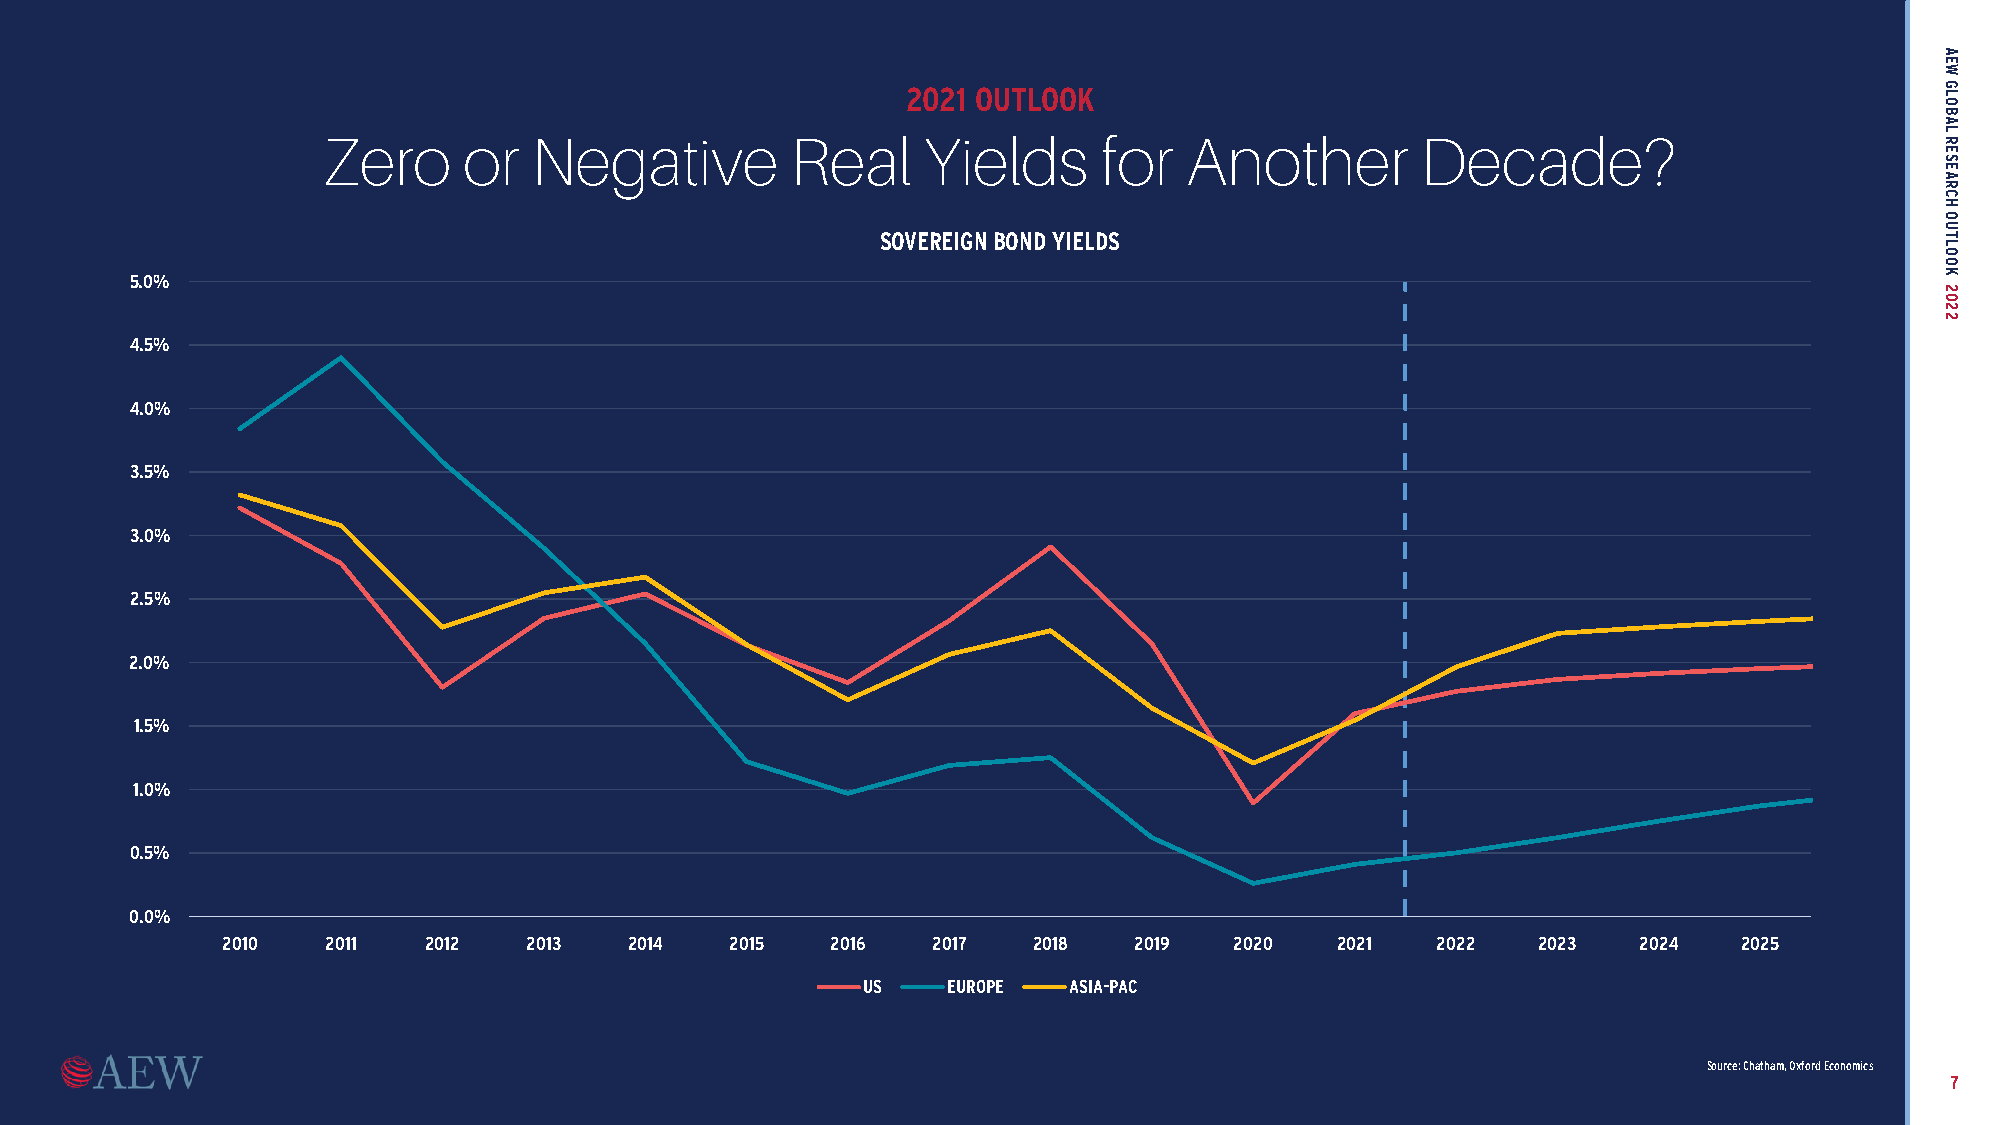
2021 OUTLOOK
 Zero      or  Negative         Real     Yields      for  Another         Decade?
 SOVEREIGN BOND YIELDS
 5.0%
 4.5%
 4.0%
 3.5%
 3.0%
 2.5%
 2.0%
 1.5%
 1.0%
 0.5%
 0.0%
 2010   2011  2012   2013   2014  2015   2016   2017  2018   2019   2020  2021   2022   2023  2024   2025
 US    EUROPE  ASIA-PAC
 Source: Chatham, Oxford Economics
 7
 AEW
 GLOBAL
 RESEARCH
 OUTLOOK
 2022